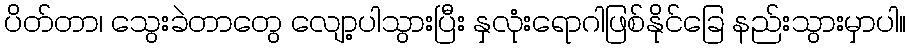
ပိတ်တာ၊ သွေးခဲတာတွေ လျော့ပါသွားပြီး နှလုံးရောဂါဖြစ်နိုင်ခြေ နည်းသွားမှာပါ။